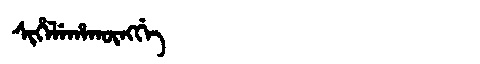
Manchu: ᠰᡳᡥᡝᠯᡝᡥᠠᡴᡡᠩᡤᡝ
Romanization: SIHELEHAKŪNGGE